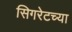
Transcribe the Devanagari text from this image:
सिगरेटच्या